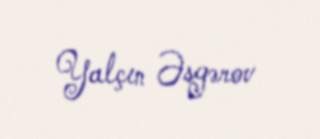
Yalçın Əsgərov